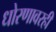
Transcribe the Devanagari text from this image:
धोरणावरही